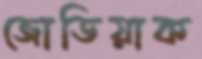
জোডিয়াক